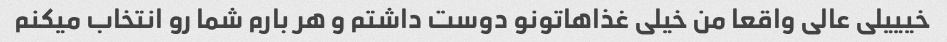
خیییلی عالی واقعا من خیلی غذاهاتونو دوست داشتم و هر بارم شما رو انتخاب میکنم